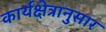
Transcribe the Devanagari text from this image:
कार्यक्षेत्रानुसार